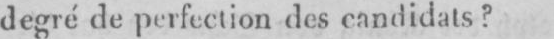
degré de perfection des candidats?